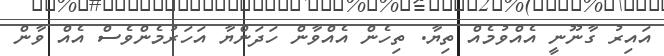
އައިރު ގާނޫނީ އެއްވުމެއް ތިޔާ. ތިހެން އެއްވާން ހަދަންޔާ އަހަރުމެންވެސް އެއް ވާން